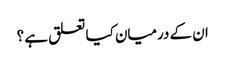
ان کے درمیان کیا تعلق ہے ؟